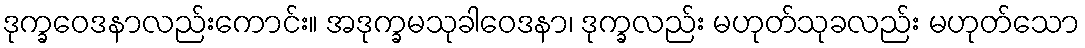
ဒုက္ခဝေဒနာလည်းကောင်း။ အဒုက္ခမသုခါဝေဒနာ၊ ဒုက္ခလည်း မဟုတ်သုခလည်း မဟုတ်သော